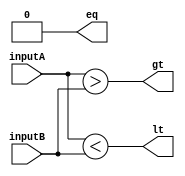
module EightBitComparator(
    input [7:0] inputA,
    input [7:0] inputB,
    output wire eq, gt, lt
);

wire [7:0] equalBits;
wire [7:0] greaterBits;
wire [7:0] lessBits;

assign equalBits = inputA == inputB;
assign greaterBits = inputA > inputB;
assign lessBits = inputA < inputB;

assign eq = &equalBits;
assign gt = |greaterBits;
assign lt = |lessBits;

endmodule